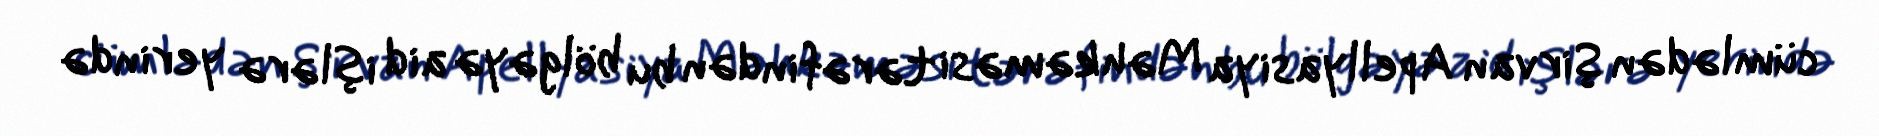
cümlədən Şirvan Apellyasiya Məhkəməsi tərəfindən bu bölgəyə aid işlərə yerində